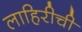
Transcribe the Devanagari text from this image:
लाहिरीची